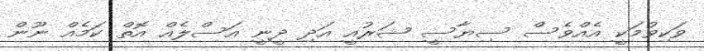
ވަކިވުމަކީ އެއްވެސް ސިޔާސީ ޝަރުއީ އަދި ދީނީ އަސްލެއް އޮތް ކަމެއް ނޫން